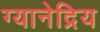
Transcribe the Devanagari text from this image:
ग्यानेद्रिय